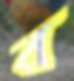
র